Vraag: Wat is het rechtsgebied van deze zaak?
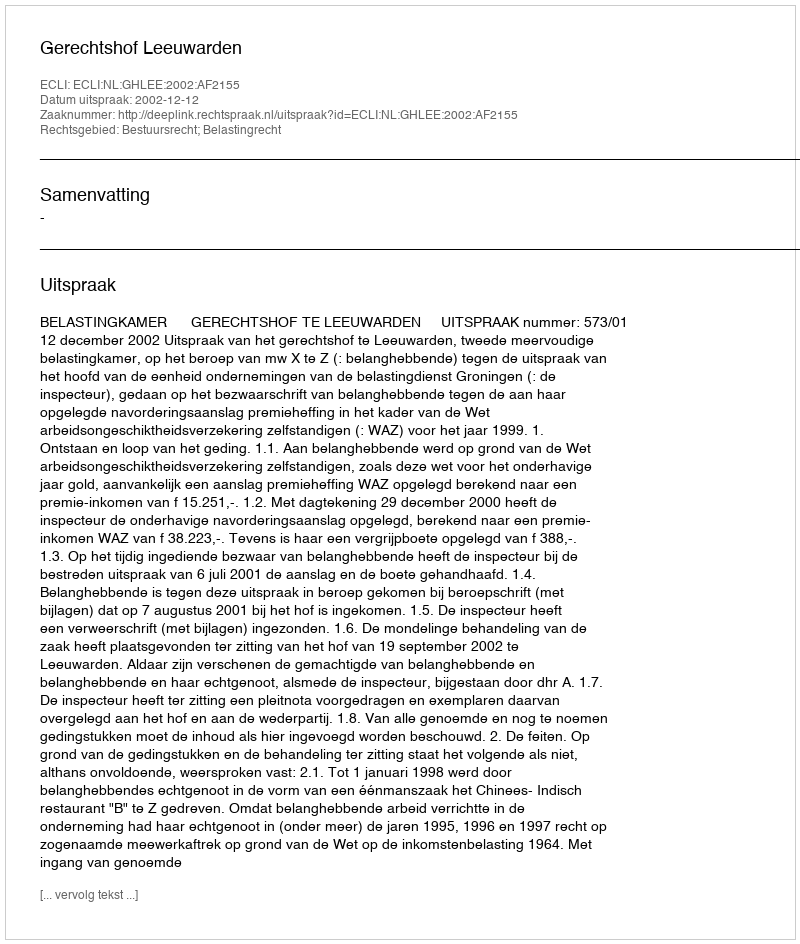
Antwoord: Bestuursrecht; Belastingrecht